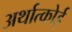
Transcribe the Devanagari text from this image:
अर्थात्कोई